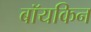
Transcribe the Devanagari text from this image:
बॉयकिन